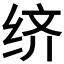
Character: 𬘧